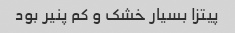
پیتزا بسیار خشک و کم پنیر بود